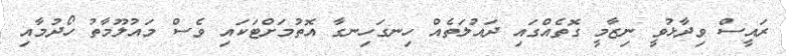
ރައީސް ވިދާޅުވީ ނިޒާމީ ގޮތެއްގައި ދައުލަތެއް ހިނގަހިނގާ އޮތުމަށްޓަކައި ވެސް މައުލޫމާތު ހޯދުމާއި